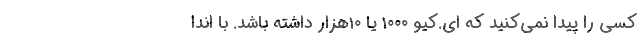
کسی را پیدا نمی‌کنید که ای.کیو ۱۰۰۰ یا ۱۰هزار داشته باشد. با اندا